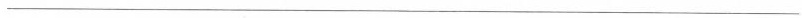
___